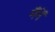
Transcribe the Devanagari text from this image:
मैंनें